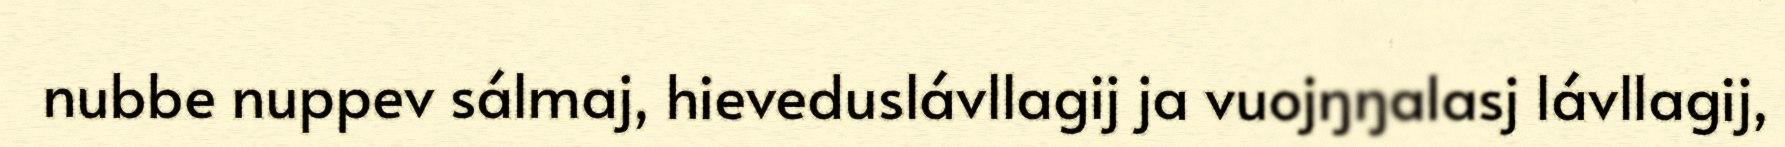
nubbe nuppev sálmaj, hieveduslávllagij ja vuojŋŋalasj lávllagij,